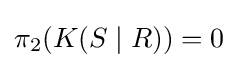
\pi _{2}(K(S\mid R))=0